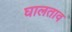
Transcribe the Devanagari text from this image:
घालताव